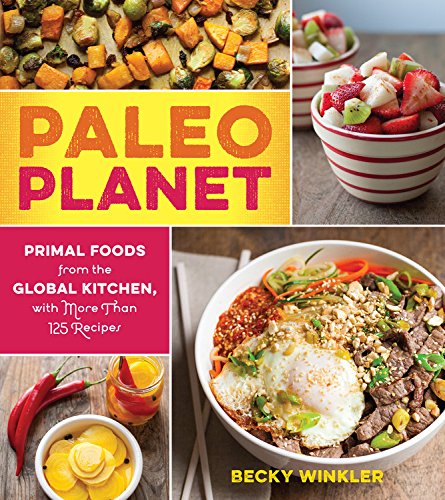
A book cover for Paleo Planet: Primal Foods from The Global Kitchen, with More Than 125 Recipes; Becky Winkler; Cookbooks, Food & Wine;